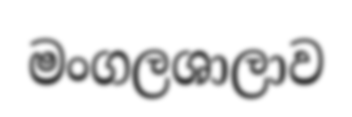
මංගලශාලාව